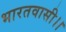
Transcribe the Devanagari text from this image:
भारतवासी।।